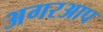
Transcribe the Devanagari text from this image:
अगरआप